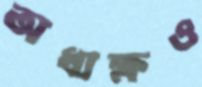
অধ্যক্ষও